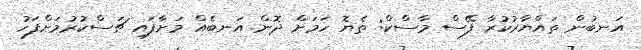
އަނބުން ތައްޔާރުކުރާ ފޭސް މާސްކް: ތެޔޮ ހަމަށް ދޮން އަނބެއް މަށާފައި ޗަސްކުރުމަށްފަހު